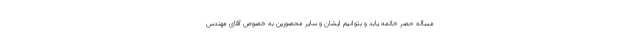
مسأله حصر خاتمه یابد و بتوانیم ایشان و سایر محصورین به خصوص آقای مهندس